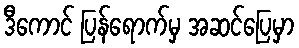
ဒီကောင် ပြန်ရောက်မှ အဆင်ပြေမှာ